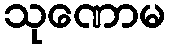
သုဏောမ